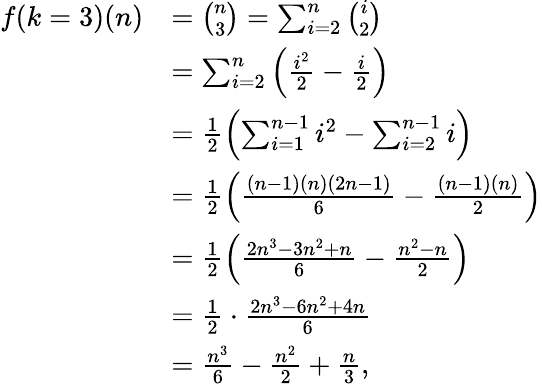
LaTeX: \begin{array}{rl}{f(k=3)(n)}&{=\binom{n}{3}=\sum_{i=2}^{n}\binom{i}{2}}\\ &{=\sum_{i=2}^{n}\left(\frac{i^{2}}{2}-\frac{i}{2}\right)}\\ &{=\frac{1}{2}\left(\sum_{i=1}^{n-1}i^{2}-\sum_{i=2}^{n-1}i\right)}\\ &{=\frac{1}{2}\left(\frac{(n-1)(n)(2n-1)}{6}-\frac{(n-1)(n)}{2}\right)}\\ &{=\frac{1}{2}\left(\frac{2n^{3}-3n^{2}+n}{6}-\frac{n^{2}-n}{2}\right)}\\ &{=\frac{1}{2}\cdot\frac{2n^{3}-6n^{2}+4n}{6}}\\ &{=\frac{n^{3}}{6}-\frac{n^{2}}{2}+\frac{n}{3},}\end{array}